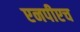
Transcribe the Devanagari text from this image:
एनपीएच